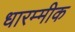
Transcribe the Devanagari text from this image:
धारम्मीक